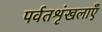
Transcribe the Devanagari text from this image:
पर्वतशृंखलाएँ